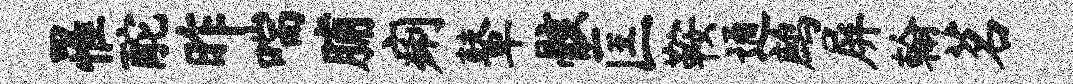
罹酡昨喘脯痢鼙骸匡鞍通鹧屏翰茗